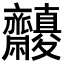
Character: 𪗓